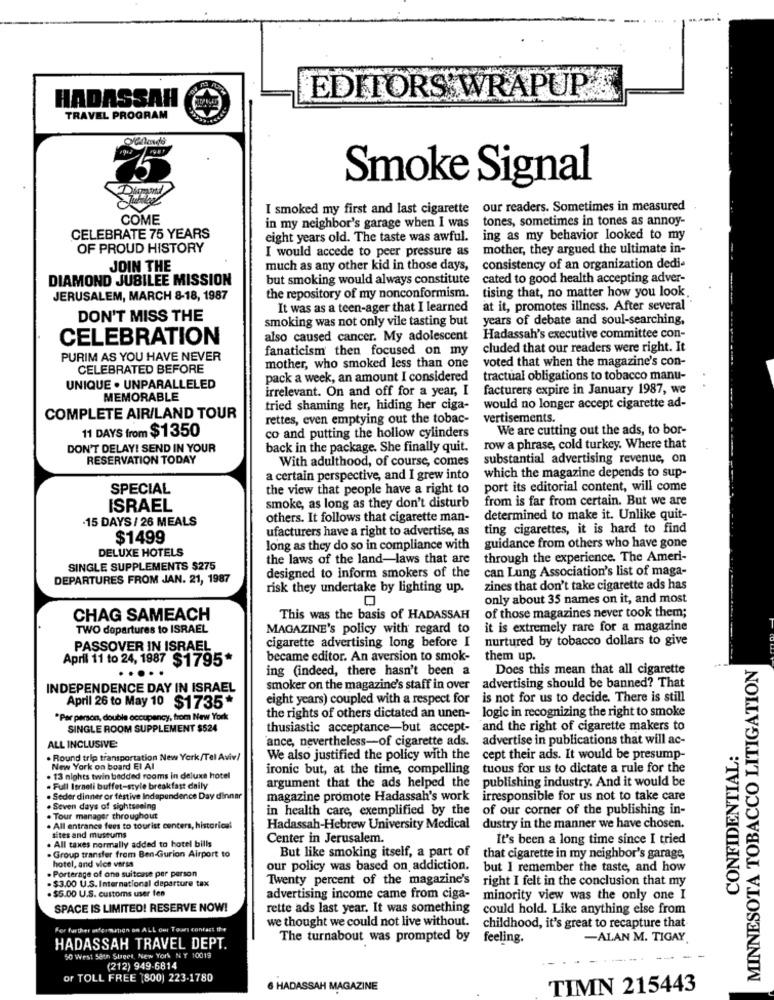
HADASSAH
EDITORS WRAPUP-F
TRAVEL PROGRAM
Smoke Signal
I smoked my first and last cigarette our readers. Sometimes in measured
COME
in my neighbor's garage when I was
tones, sometimes in tones as annoy-
CELEBRATE 75 YEARS
eight years old. The taste was awful.
ing as my behavior looked to my
OF PROUD HISTORY
I would accede to peer pressure as
mother, they argued the ultimate in-
JOIN THE
much as any other kid in those days,
consistency of an organization dedi-
DIAMOND JUBILEE MISSION
but smoking would always constitute
cated to good health accepting adver-
tising that, no matter how you look
JERUSALEM, MARCH 8-18, 1987
the repository of my nonconformism.
It was as a teen-ager that I learned
at it, promotes illness. After several
DON'T MISS THE
smoking was not only vile tasting but
years of debate and soul-searching,
CELEBRATION
also caused cancer. My adolescent
Hadassah's executive committee con-
fanaticism then focused on my
cluded that our readers were right. It
PURIM AS YOU HAVE NEVER
mother, who smoked less than one
voted that when the magazine's con-
CELEBRATED BEFORE
pack a week, an amount I considered
tractual obligations to tobacco manu-
UNIQUE . UNPARALLELED
irrelevant. On and off for a year, I
facturers expire in January 1987, we
MEMORABLE
tried shaming her, hiding her ciga-
would no longer accept cigarette ad-
COMPLETE AIR/LAND TOUR
rettes, even emptying out the tobac-
vertisements.
11 DAYS from $1350
co and putting the hollow cylinders
We are cutting out the ads, to bor-
DON'T DELAY! SEND IN YOUR
back in the package. She finally quit.
row a phrase, cold turkey. Where that
RESERVATION TODAY
With adulthood, of course, comes
substantial advertising revenue, on
which the magazine depends to sup-
a certain perspective, and I grew into
SPECIAL
the view that people have a right to
port its editorial content, will come
from is far from certain. But we are
ISRAEL
smoke, as long as they don't disturb
.15 DAYS / 26 MEALS
others. It follows that cigarette man-
determined to make it. Unlike quit-
ufacturers have a right to advertise, as
ting cigarettes, it is hard to find
$1499
guidance from others who have gone
DELUXE HOTELS
long as they do so in compliance with
the laws of the land-laws that are
through the experience. The Ameri-
SINGLE SUPPLEMENTS $275
can Lung Association's list of maga-
DEPARTURES FROM JAN. 21, 1987
designed to inform smokers of the
risk they undertake by lighting up.
zines that don't take cigarette ads has
only about 35 names on it, and most
of those magazines never took them;
CHAG SAMEACH
This was the basis of HADASSAH
TWO departures to ISRAEL
MAGAZINE's policy with regard to
it is extremely rare for a magazine
cigarette advertising long before I
nurtured by tobacco dollars to give
PASSOVER IN ISRAEL
April 11 to 24, 1987 $1795*
became editor. An aversion to smok-
them up.
MINNESOTA TOBACCO LITIGATION
ing (indeed, there hasn't been a
Does this mean that all cigarette
....
INDEPENDENCE DAY IN ISRAEL
smoker on the magazine's staff in over
advertising should be banned? That
April 26 to May 10 $1735*
eight years) coupled with a respect for
is not for us to decide. There is still
logic in recognizing the right to smoke
*Per person, double occupancy, from New York
the rights of others dictated an unen-
SINGLE ROOM SUPPLEMENT $524
thusiastic acceptance-but accept-
and the right of cigarette makers to
ALL INCLUSIVE:
ance, nevertheless-of cigarette ads.
advertise in publications that will ac-
CONFIDENTIAL:
. Round trip transportation New York/Tel Aviv!
We also justified the policy with the
cept their ads. It would be presump-
New York on board El AI
ironic but, at the time, compelling
tuous for us to dictate a rule for the
13 nights twin bedded rooms in deluxe hotel
publishing industry. And it would be
. Full Israeli buffet-style breakfast daily
argument that the ads helped the
. Seder dinner or festive Independence Day dinner
magazine promote Hadassah's work
irresponsible for us not to take care
. Seven days of sightseeing
in health care, exemplified by the of our corner of the publishing in-
. Tour manager throughout
. All entrance fees to tourist centers, historical
Hadassah-Hebrew University Medical
dustry in the manner we have chosen.
. All taxes normally added to hotel bills
sites and museums
Center in Jerusalem.
It's been a long time since I tried
. Group transfer from Ben-Gurion Airport to
But like smoking itself, a part of
that cigarette in my neighbor's garage,
. Porterage of one suitcase per person
hotel, and vice versa
our policy was based on addiction.
but I remember the taste, and how
Twenty percent of the magazine's
right I felt in the conclusion that my
- $3.00 U.S.International departure tax
. $5.00 U.S. customs user fen
advertising income came from ciga- minority view was the only one I
SPACE IS LIMITED! RESERVE NOW!
rette ads last year. It was something
could hold. Like anything else from
we thought we could not live without.
For further aformation on ALL Out Tours contact the
childhood, it's great to recapture that
The turnabout was prompted by
feeling.
-ALAN M. TIGAY
HADASSAH TRAVEL DEPT.
50 West Seth Street, New York NY 10019
(212) 949-6814
or TOLL FREE (800) 223-1780
6 HADASSAH MAGAZINE
TIMN 215443